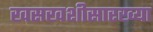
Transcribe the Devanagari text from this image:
खसखशीसारख्या